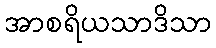
အာစရိယသာဒိသာ